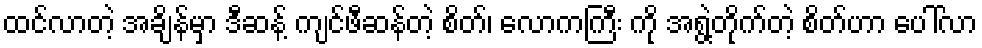
ထင်လာတဲ့ အချိန်မှာ ဒီဆန့် ကျင်ဖီဆန်တဲ့ စိတ်၊ လောကကြီး ကို အရွဲ့တိုက်တဲ့ စိတ်ဟာ ပေါ်လာ